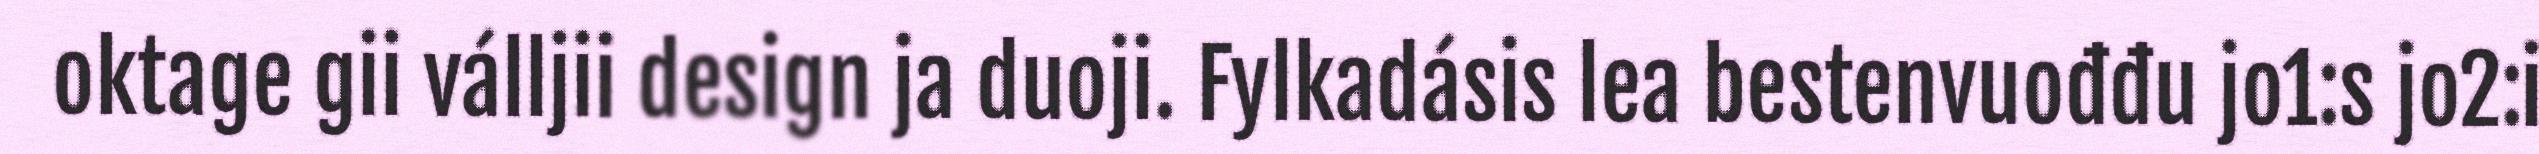
oktage gii válljii design ja duoji. Fylkadásis lea bestenvuođđu jo1:s jo2:i